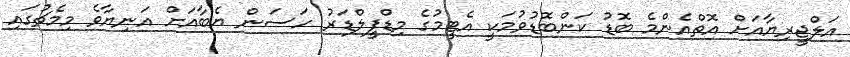
އަލްޖީރިޔާއަށް އޮތްއެންމެ ބޮޑު ކަންބޮޑުވުމަކީ އެޓީމުގެ މިޑްފީލްޑަރު ހަސަން ޔެބާއަށް އަނިޔާވެ މިމެޗުގައި